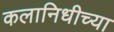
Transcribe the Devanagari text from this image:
कलानिधीच्या